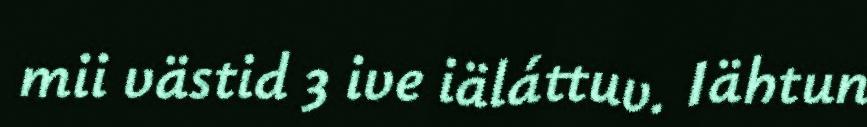
mii västid 3 ive iäláttuv. Iähtun